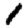
Digit: 1